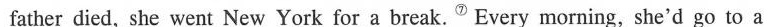
father died, she went New York for a break.^{⑦}Every morning,she'd go to a